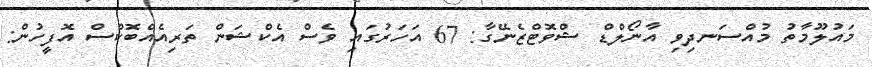
މައުލޫމާތު މުއްސަނދިވި އާނޯލްޑް ޝްވޮޓްޒެނޭގާ: 67 އަހަރުގައި ވެސް އެކްޝަން ތަރިއެއްބޮކްސް އޮފީހުން: